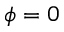
\phi = 0